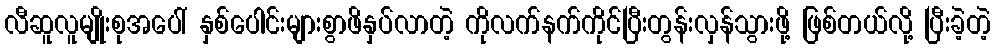
လီဆူလူမျိုးစုအပေါ် နှစ်ပေါင်းများစွာဖိနှပ်လာတဲ့ ကိုလက်နက်ကိုင်ပြီးတွန်းလှန်သွားဖို့ ဖြစ်တယ်လို့ ပြီးခဲ့တဲ့